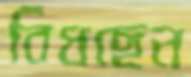
বিঁধছেন